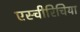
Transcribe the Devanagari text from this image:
एस्चीरिचिया